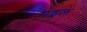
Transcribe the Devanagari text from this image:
मइल